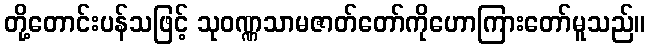
တို့တောင်းပန်သဖြင့် သုဝဏ္ဏသာမဇာတ်တော်ကိုဟောကြားတော်မူသည်။